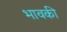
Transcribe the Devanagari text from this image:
भावकी